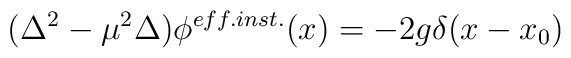
(\Delta^2 - \mu^2\Delta)\phi^{eff.inst.}(x) = -2g\delta(x-x_0)